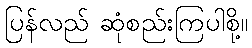
ပြန်လည် ဆုံစည်းကြပါစို့။